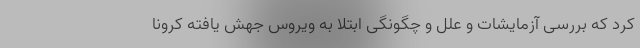
کرد که بررسی آزمایشات و علل و چگونگی ابتلا به ویروس جهش یافته کرونا